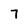
Character: 7